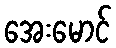
အေးမောင်